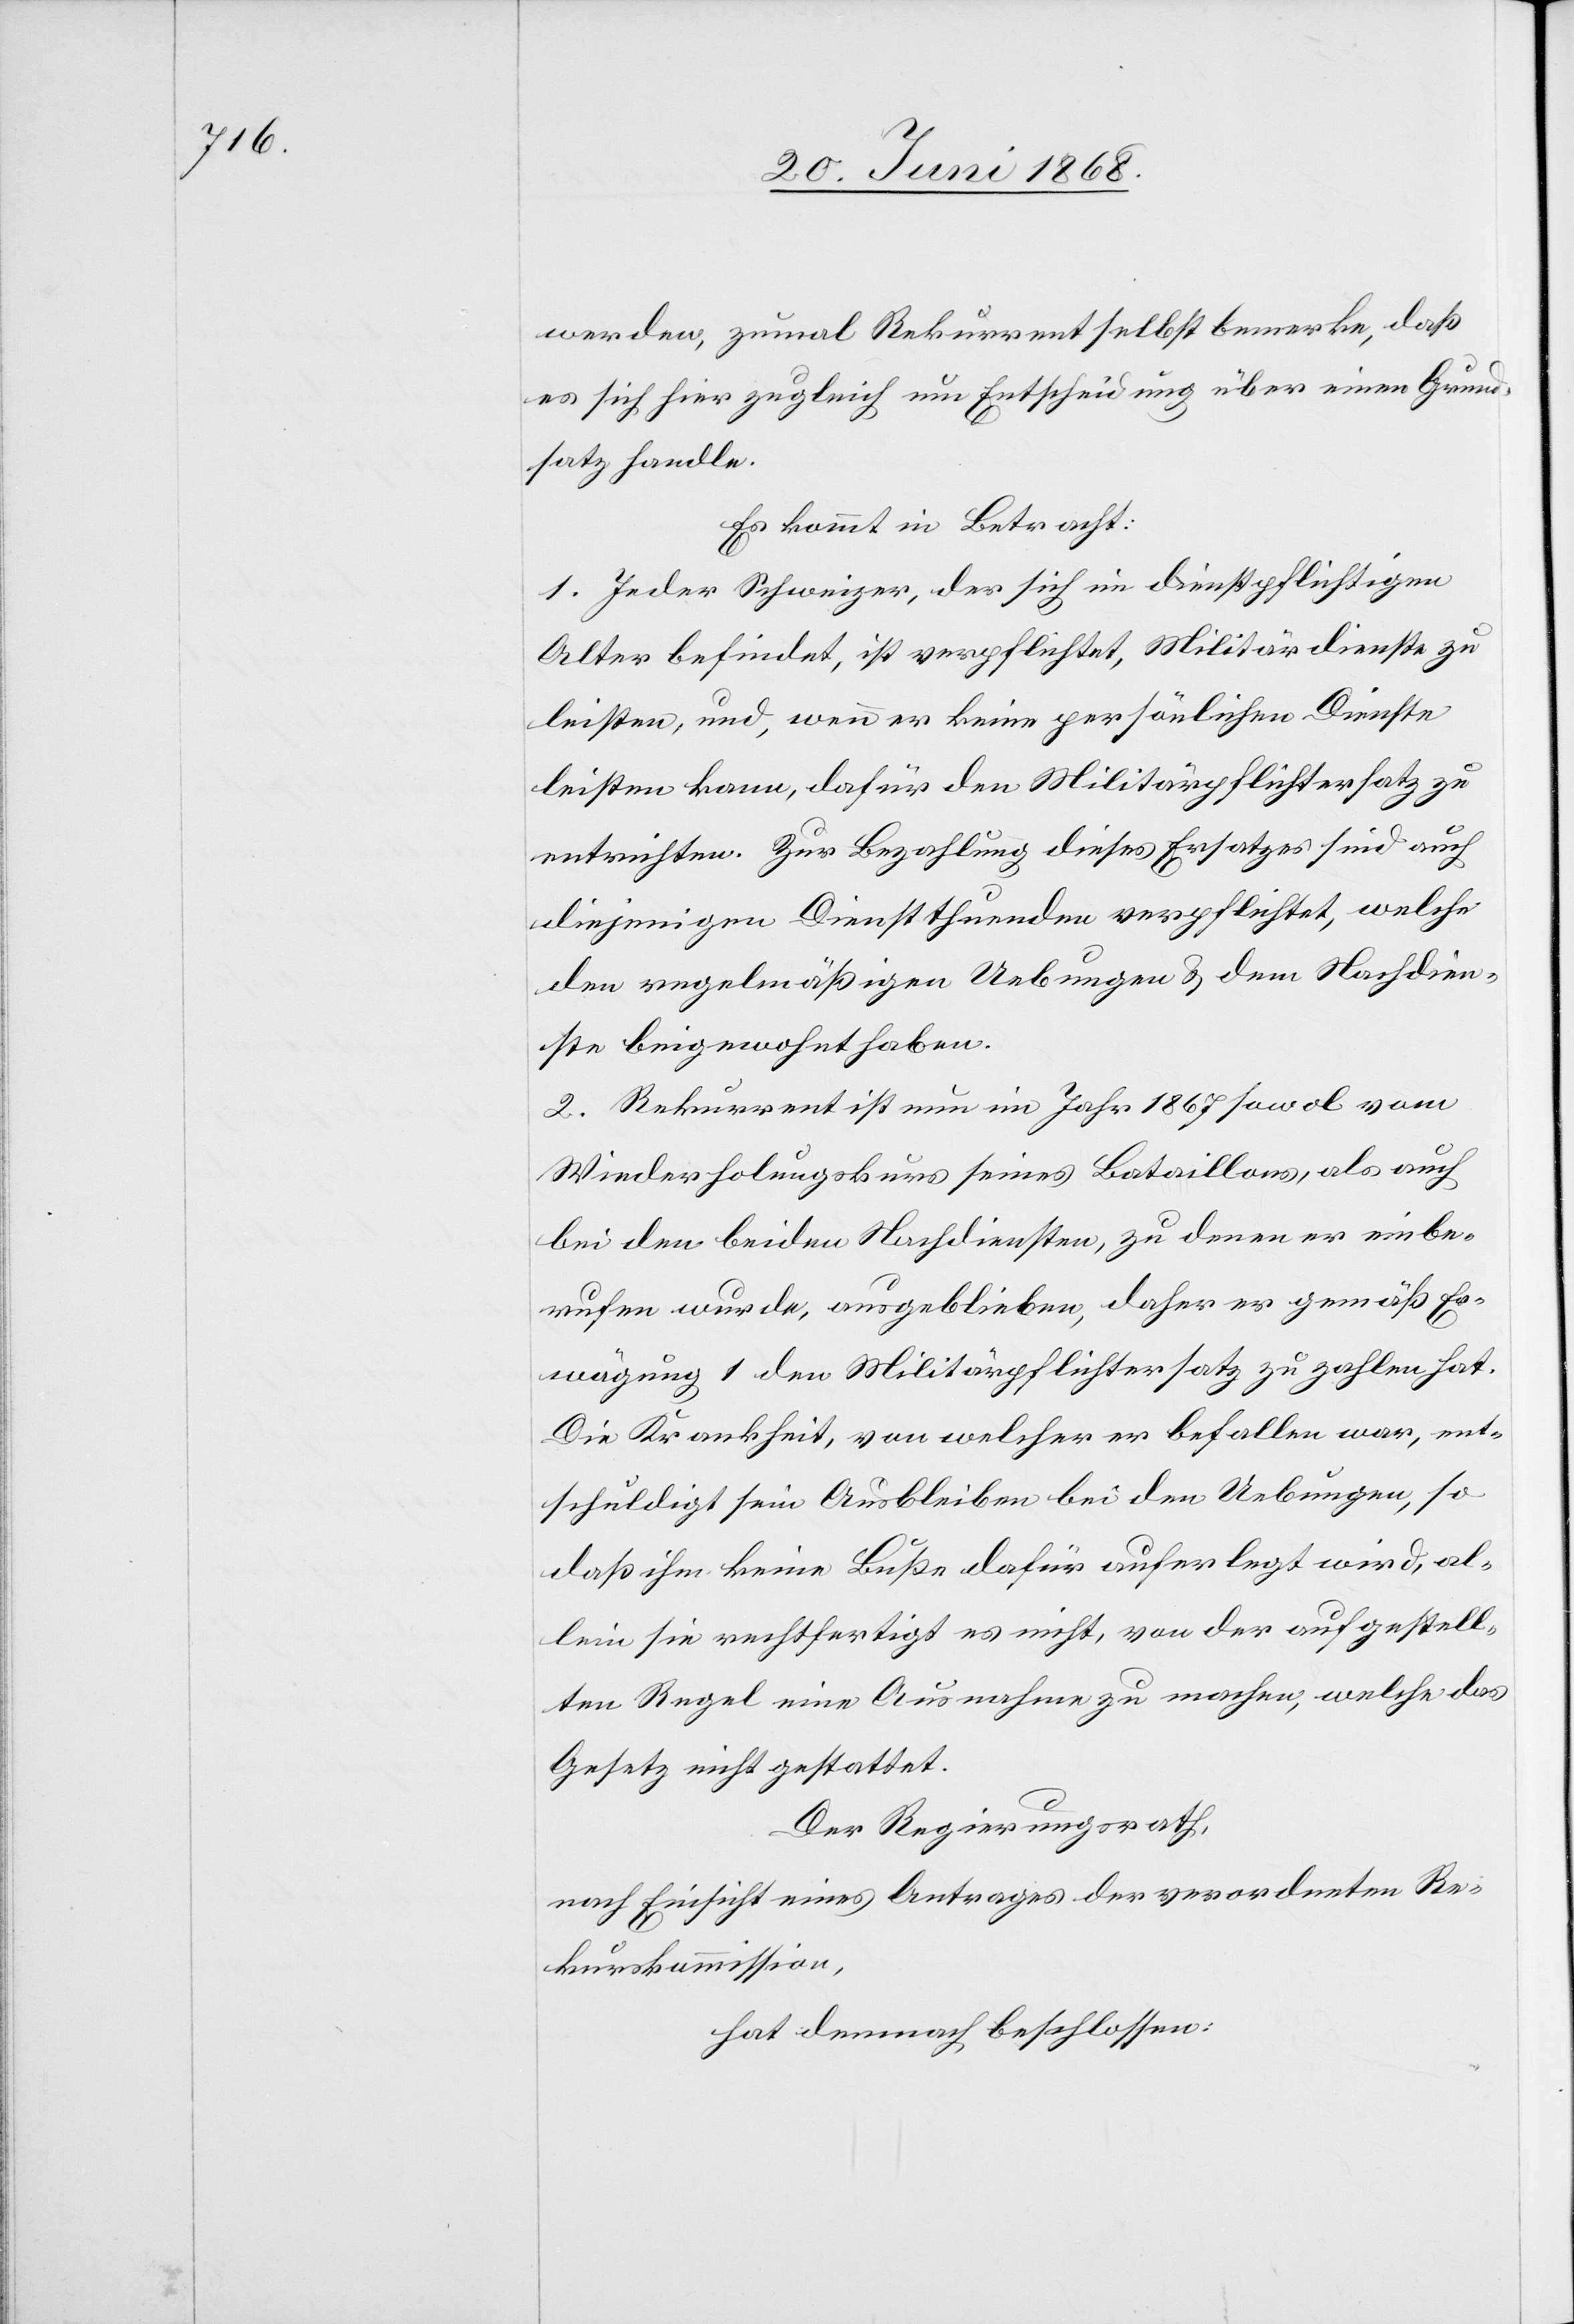
werden, zumal Rekurrent selbst bemerke, daß
es sich hier zugleich um Entscheidung über einen Grund¬
satz handle.
Es kommt in Betracht:
1. Jeder Schweizer, der sich im dienstpflichtigen
Alter befindet, ist verpflichtet, Militärdienste zu
leisten, und, wenn er keine persönlichen Dienste
leisten kann, dafür den Militärpflichtersatz zu
entrichten. Zur Bezahlung dieses Ersatzes sind auch
diejenigen Dienstthuenden verpflichtet, welche
den regelmäßigen Uebungen & dem Nachdienste
[nicht] beigewohnt haben.
2. Rekurrent ist nun im Jahr 1867 sowol vom
Wiederholungskurs seines Bataillons, als auch
bei den beiden Nachdiensten, zu denen er einbe¬
rufen wurde, ausgeblieben, daher er gemäß Er¬
wägung 1 den Militärpflichtersatz zu zahlen hat.
Die Krankheit, von welcher er befallen war, ent¬
schuldigt sein Ausbleiben bei den Uebungen, so
daß ihm keine Buße dafür auferlegt wird, al¬
lein sie rechtfertigt es nicht, von der aufgestell¬
ten Regel eine Ausnahme zu machen, welche das
Gesetz nicht gestattet.
Der Regierungsrath,
nach Einsicht eines Antrages der verordneten Re¬
kurskommission,
hat demnach beschlossen: